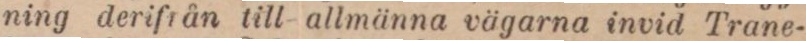
ning derifrån till allmänna vägarna invid Trane-